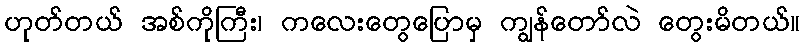
ဟုတ်တယ် အစ်ကိုကြီး၊ ကလေးတွေပြောမှ ကျွန်တော်လဲ တွေးမိတယ်။